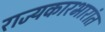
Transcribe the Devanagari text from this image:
राज्यकारभारांत